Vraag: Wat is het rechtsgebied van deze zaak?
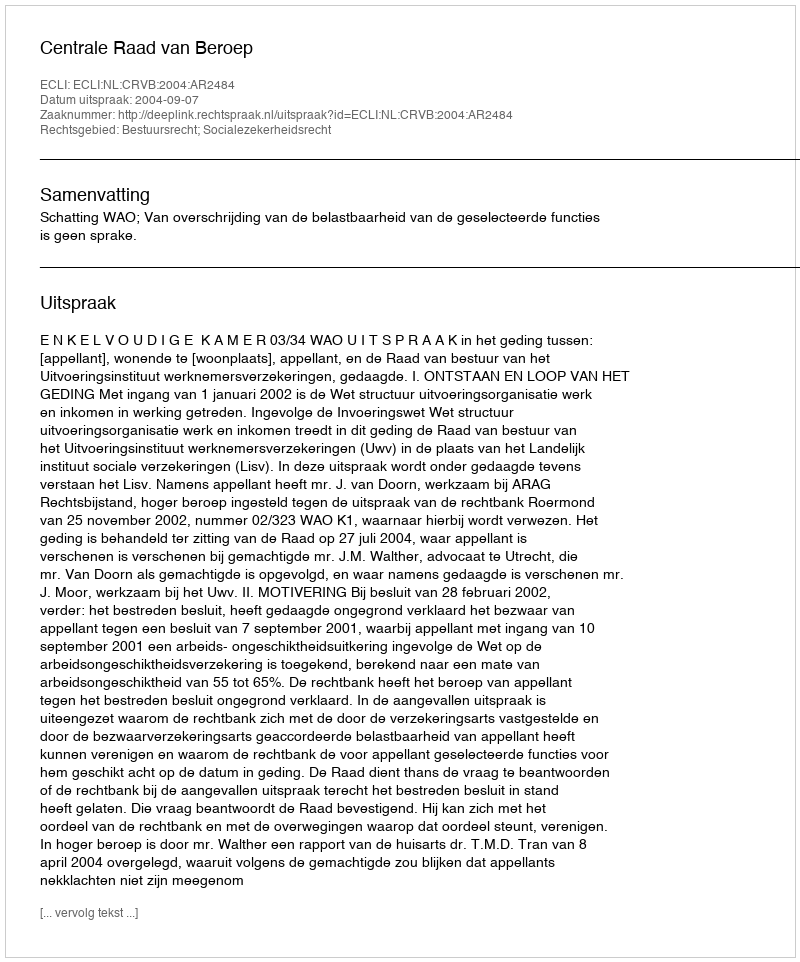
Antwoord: Bestuursrecht; Socialezekerheidsrecht